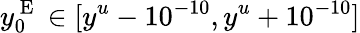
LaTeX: y_{0}^{\mathrm{~E~}}\in[y^{u}-10^{-10},y^{u}+10^{-10}]